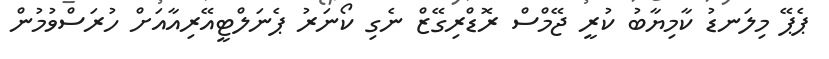
ޕެޕޭ މިލަނޑު ކާމިޔާބު ކުރީ ޖޭމްސް ރޮޑްރިގޭޒް ނެގި ކޯނަރު ޕެނަލްޓީއޭރިއާއަށް ހުރަސްވުމުން